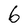
Character: 6